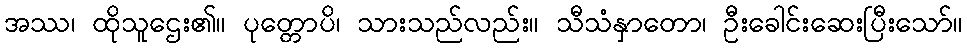
အဿ၊ ထိုသူဌေး၏။ ပုတ္တောပိ၊ သားသည်လည်း။ သီသံနှာတော၊ ဦးခေါင်းဆေးပြီးသော်။